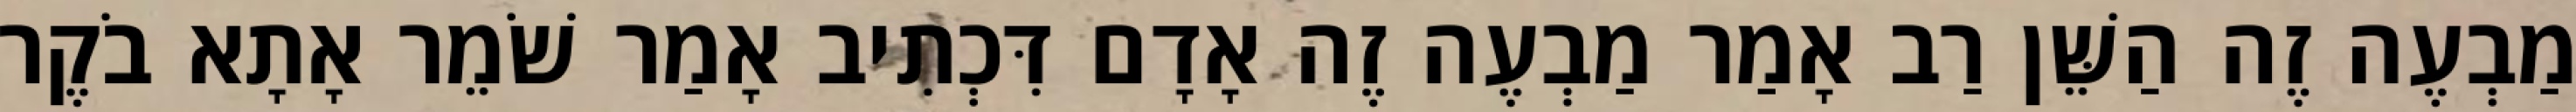
מַבְעֶה זֶה הַשֵּׁן רַב אָמַר מַבְעֶה זֶה אָדָם דִּכְתִיב אָמַר שֹׁמֵר אָתָא בֹקֶר